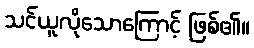
သင်ယူလိုသောကြောင့် ဖြစ်၏။